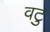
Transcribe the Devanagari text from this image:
वटु